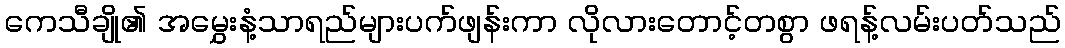
ကေသီချို၏ အမွှေးနံ့သာရည်များပက်ဖျန်းကာ လိုလားတောင့်တစွာ ဖရန့်လမ်းပတ်သည်